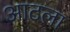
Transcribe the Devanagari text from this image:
आटला